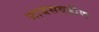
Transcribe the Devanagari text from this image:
मावसबहीण